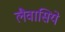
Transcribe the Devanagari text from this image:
लैवासिये